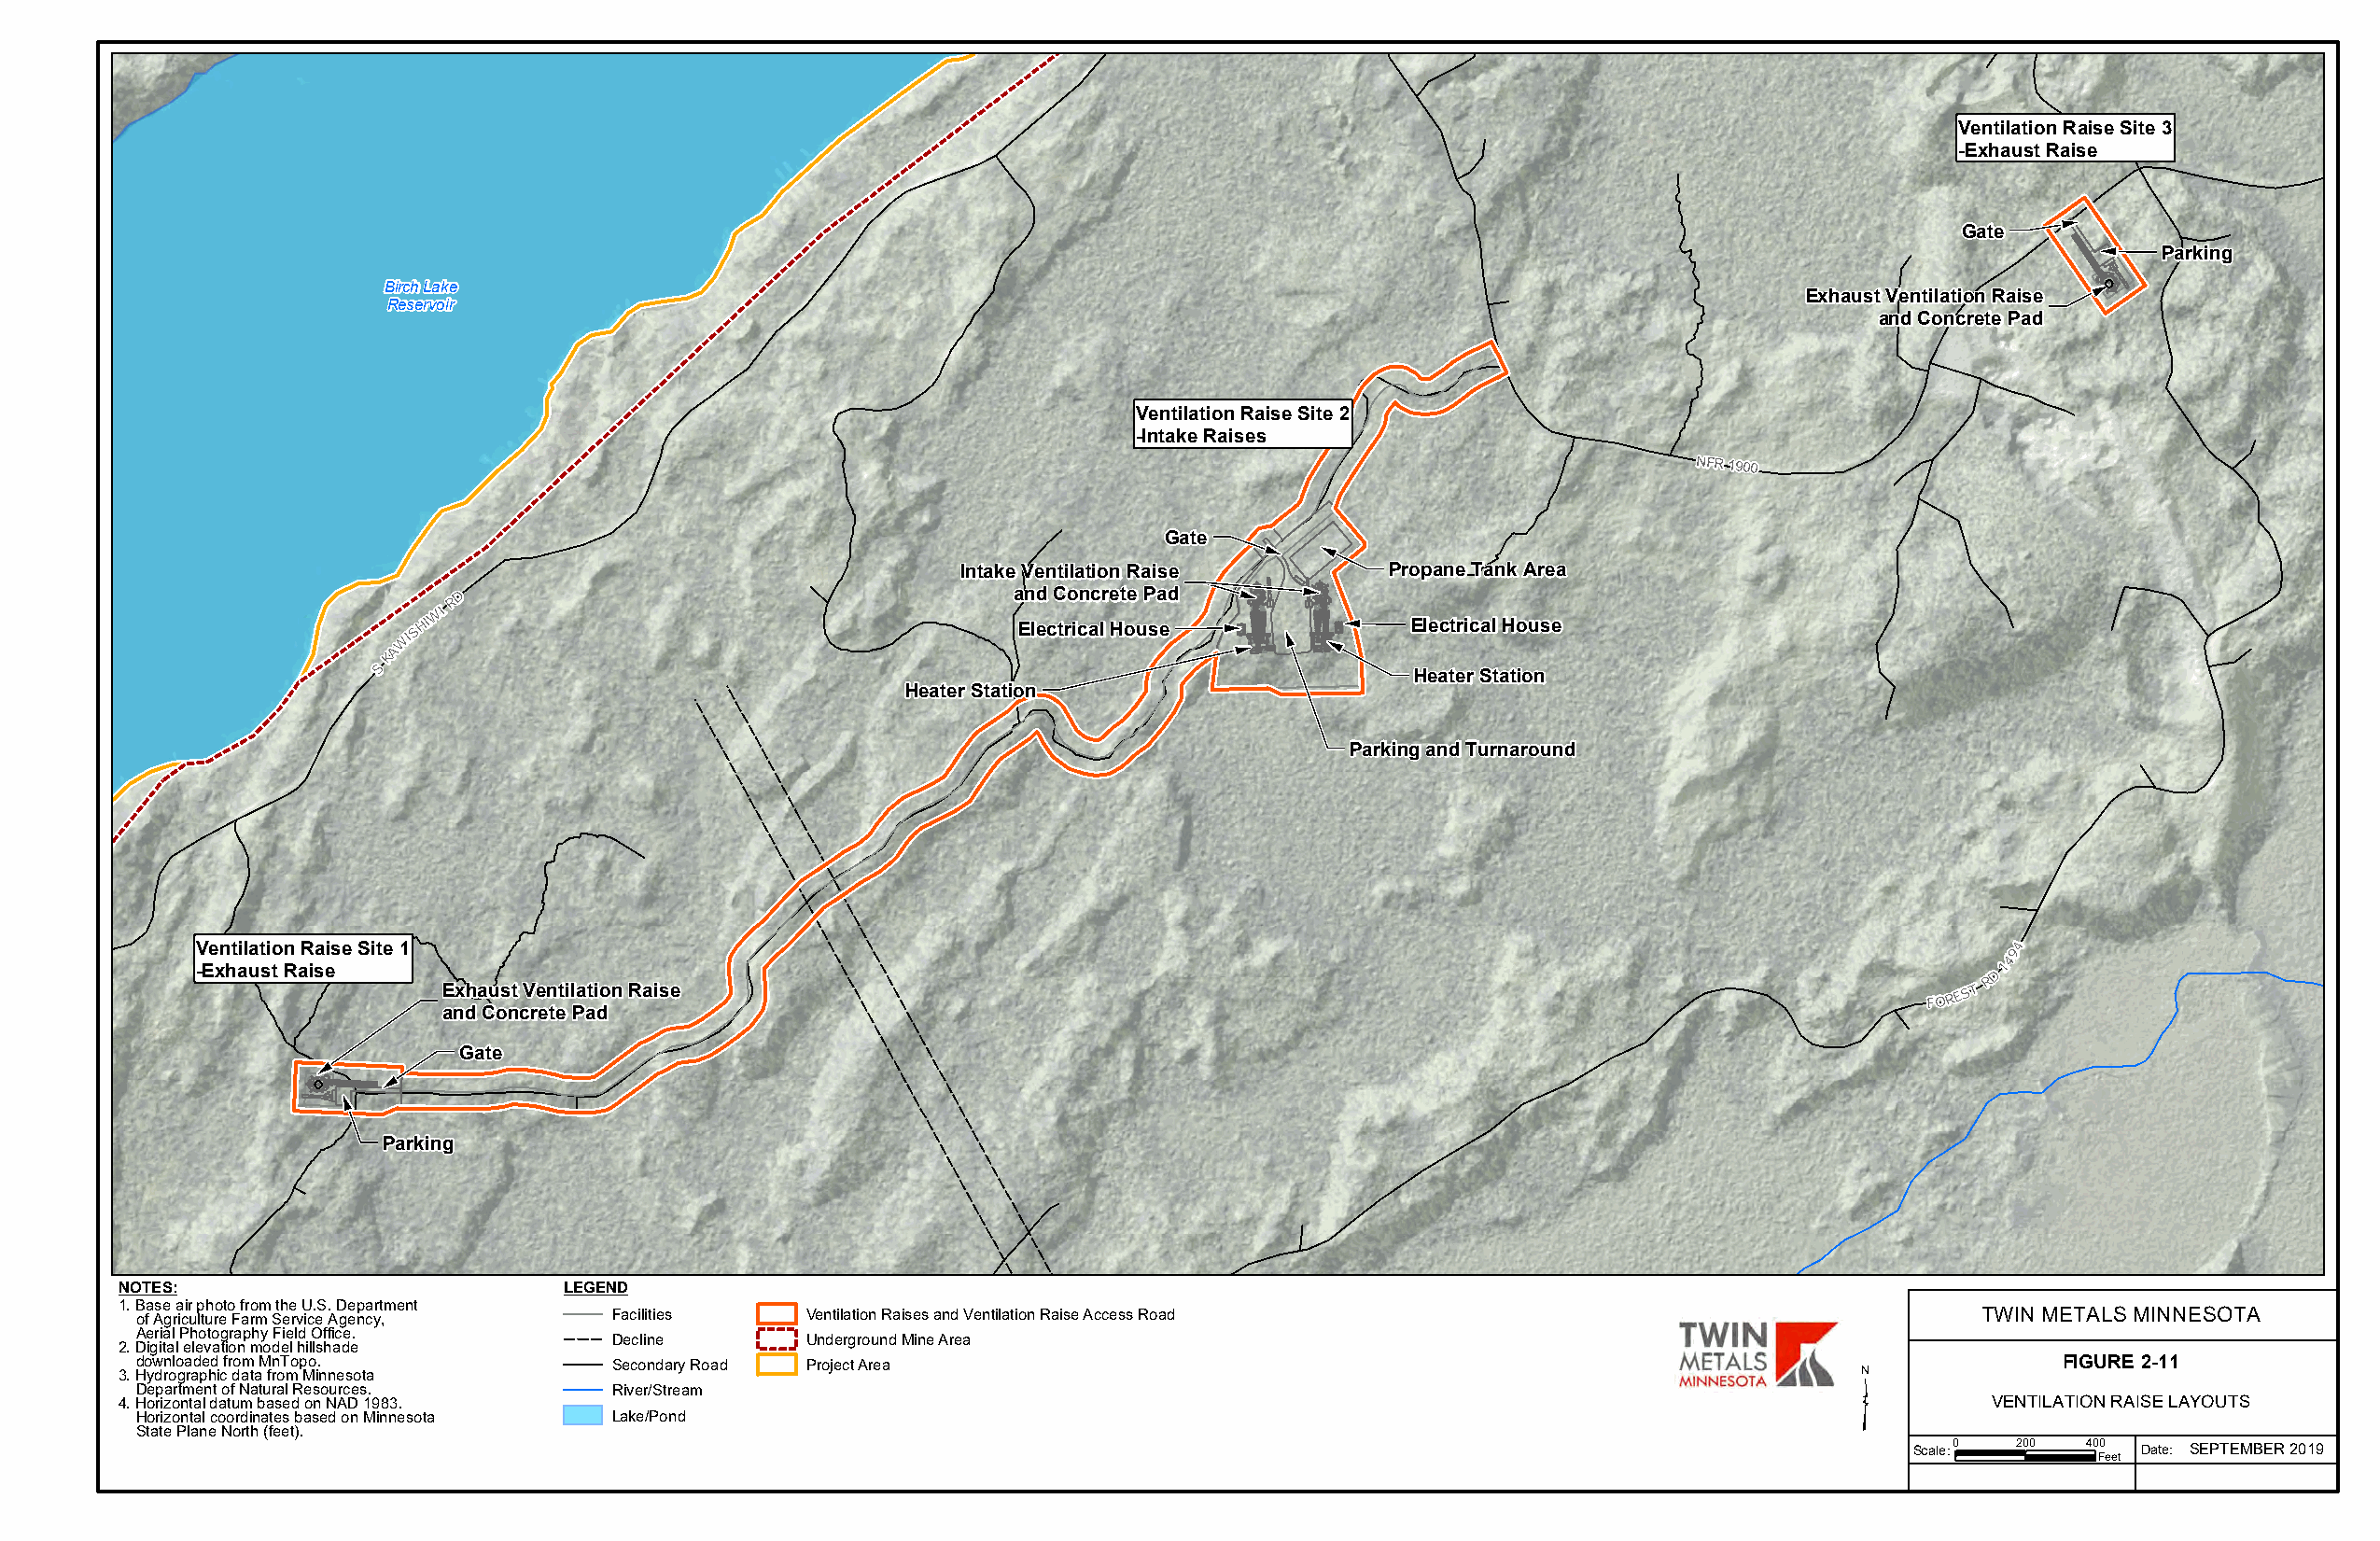
Ventilation Raise Site 3
 -Exhaust Raise
 !
 Gate
 !
 Parking
 Birch Lake                                                                                                                !
 Exhaust Ventilation Raise
 Reservoir
 and Concrete Pad
 Ventilation Raise Site 2
 -Intake Raises
 NFR 1900
 Gate
 !
 !
 IInnttaakkee VVeennttiillaattiioonn RRaaiissee Propane Tank Area
 R D                                     aanndd CCoonnccrreettee PPaadd ! !
 WI                                                              !
 AWIS HI                                     Electrical House !
 !  !  !
 Electrical House
 K
 S
 Heater Station
 Heater Station
 Parking and Turnaround
 Ventilation Raise Site 1                                                                                                         94
 4
 -Exhaust Raise                                                                                                                  D 1
 R
 Exhaust Ventilation Raise                                                                                 FOREST
 and Concrete Pad
 Gate
 !
 !
 !
 Parking
 NOTES:                          LEGEND
 1.Base air photo from the U.S. Department
 of Agriculture Farm Service Agency, Facilities Ventilation Raises and Ventilation Raise Access Road                                TWIN METALS MINNESOTA
 Aerial Photography Field Office.
 Decline       Underground Mine Area
 2.Digital elevation model hillshade
 ³
 downloaded from MnTopo.          Secondary Road Project Area                                                                            FIGURE 2-11
 3.Hydrographic data from Minnesota
 Department of Natural Resources. River/Stream
 4.Horizontal datum based on NAD 1983.                                                                                                VENTILATION RAISE LAYOUTS
 Horizontal coordinates based on Minnesota Lake/Pond
 State Plane North (feet).
 Scale:0 200 400 Date: SEPTEMBER 2019
 Feet